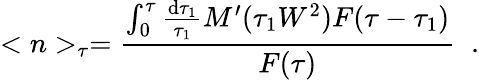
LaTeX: <n>_{\tau}=\frac{\int_{0}^{\tau}\frac{\mathrm{d}\tau_{1}}{\tau_{1}}M^{\prime}(\tau_{1}W^{2})F(\tau-\tau_{1})}{F(\tau)}\; \; .